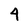
Character: 4